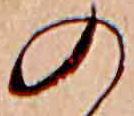
の